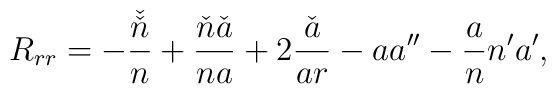
R_{rr}=-\frac{\check{\check{n}}}{n}+\frac{\check{n}\check{a}}{na}+2\frac{\check{a}}{ar}-aa''-\frac{a}{n}n'a',